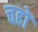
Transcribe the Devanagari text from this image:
चहों